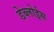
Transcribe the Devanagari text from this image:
डेब्लोईस